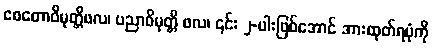
စေတောဝိမုတ္တိဖလ၊ ပညာဝိမုတ္တိ ဖလ၊ ၎င်း ၂-ပါးဖြစ်အောင် အားထုတ်ရပုံကို